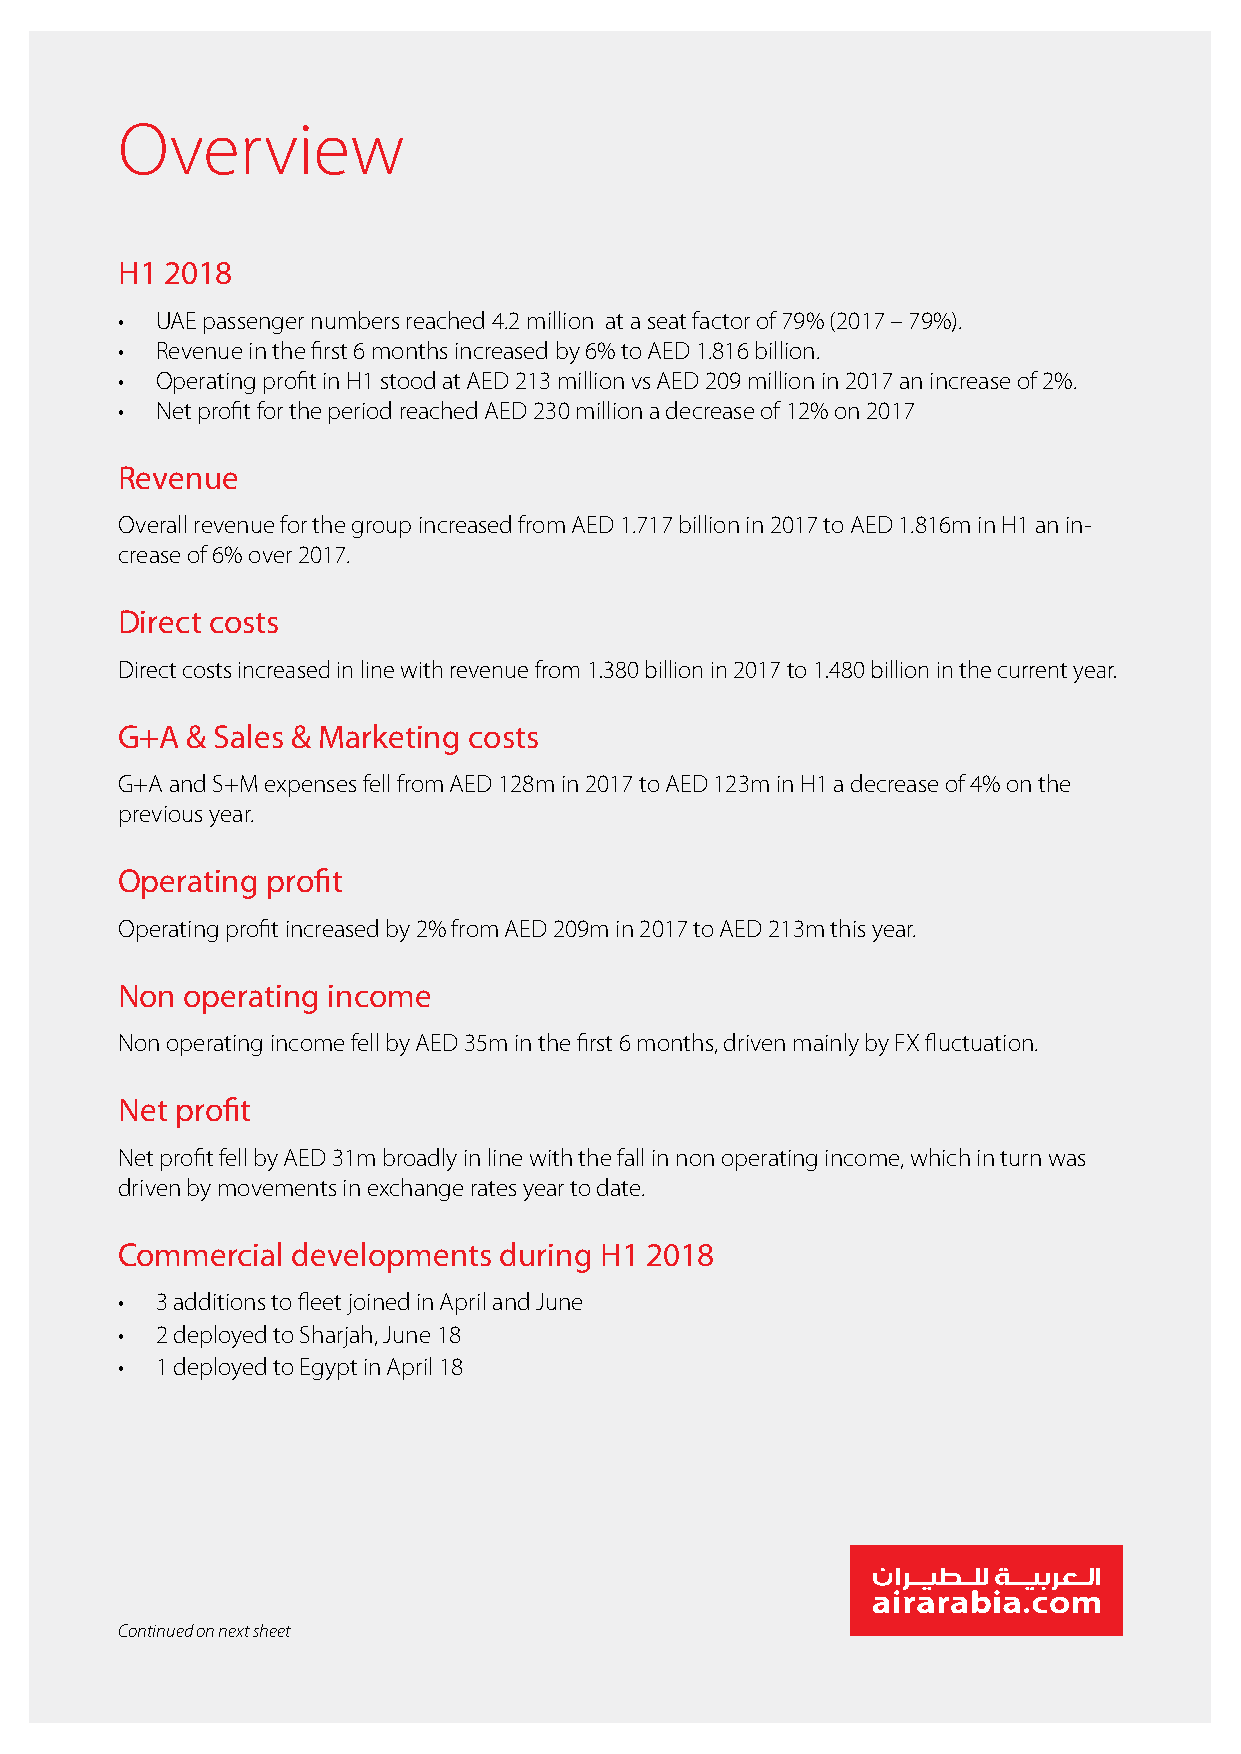
Overview
 H1 2018
 • UAE passenger numbers reached 4.2 million at a seat factor of 79% (2017 – 79%).
 • Revenue in the first 6 months increased by 6% to AED 1.816 billion.
 • Operating profit in H1 stood at AED 213 million vs AED 209 million in 2017 an increase of 2%.
 • Net profit for the period reached AED 230 million a decrease of 12% on 2017
 Revenue
 Overall revenue for the group increased from AED 1.717 billion in 2017 to AED 1.816m in H1 an in-
 crease of 6% over 2017.
 Direct costs
 Direct costs increased in line with revenue from 1.380 billion in 2017 to 1.480 billion in the current year.
 G+A & Sales & Marketing costs
 G+A and S+M expenses fell from AED 128m in 2017 to AED 123m in H1 a decrease of 4% on the
 previous year.
 Operating profit
 Operating profit increased by 2% from AED 209m in 2017 to AED 213m this year.
 Non operating income
 Non operating income fell by AED 35m in the first 6 months, driven mainly by FX fluctuation.
 Net profit
 Net profit fell by AED 31m broadly in line with the fall in non operating income, which in turn was
 driven by movements in exchange rates year to date.
 Commercial developments  during H1 2018
 • 3 additions to fleet joined in April and June
 • 2 deployed to Sharjah, June 18
 • 1 deployed to Egypt in April 18
 Continued on next sheet